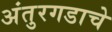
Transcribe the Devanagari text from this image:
अंतुरगडाचे